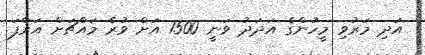
އަދި މަރުވި މީހުންގެ އަދަދު ވަނީ 1500 އަށް ވުރެ މައްޗަށް އަރާފަ